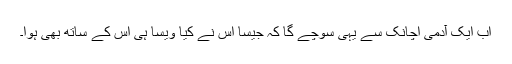
اب ایک آدمی اچانک سے یہی سوچے گا کہ جیسا اس نے کیا ویسا ہی اس کے ساتھ بھی ہوا۔